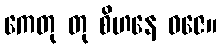
ကေတု တု စိဟနေ ဓဇေ။